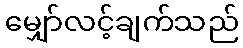
မျှော်လင့်ချက်သည်